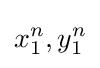
x_{1}^{n},y_{1}^{n}